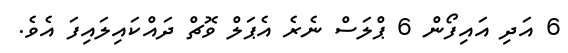
6 އަދި އައިފޯން 6 ޕްލަސް ނެރެ އެޕަލް ވޮޗް ދައްކައިލައިފަ އެވެ.